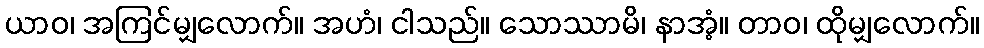
ယာဝ၊ အကြင်မျှလောက်။ အဟံ၊ ငါသည်။ သောဿာမိ၊ နာအံ့။ တာဝ၊ ထိုမျှလောက်။